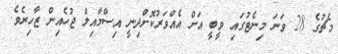
މެޗުގެ 28 ވަނަ މިނެޓުގައި ވީބީ އަށް އެއްވަރުކޮށްދިނީ އިސްމާއިލް ޖުހެއިން ޒާހިރެވެ.